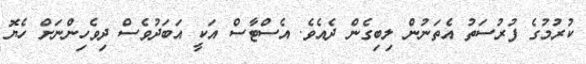
ކުރުމުގެ ފުރުސަތު އެތަނުން ލިބިގެން ދެއެވެ. އެސްޓާސް އަކީ އަބަދުވެސް ދިވެހިންނަށް ހެޔޮ